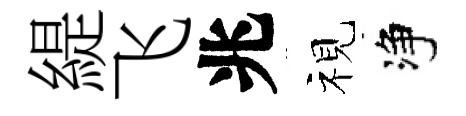
緹飞兆视净